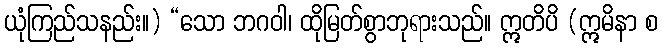
ယုံကြည်သနည်း။) “သော ဘဂဝါ၊ ထိုမြတ်စွာဘုရားသည်။ ဣတိပိ (ဣမိနာ စ